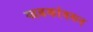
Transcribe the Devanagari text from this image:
खडकांवरून